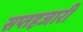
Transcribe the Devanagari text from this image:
सप्तहजारी